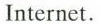
Internet.